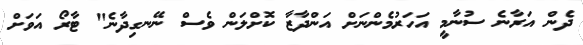
ދެން އަރާނެ ސުނާމީ އަހަރުމެންނަށް އަންދާޒާ ކޮށްލަން ވެސް ނޭނގިދާނެ" ޓާރޯ އަވަށް